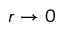
r \to 0